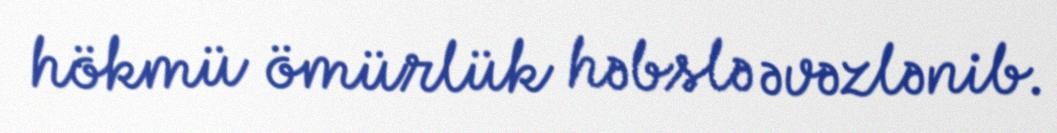
hökmü ömürlük həbslə əvəzlənib.